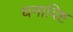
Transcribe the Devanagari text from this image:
धनाविष्ट